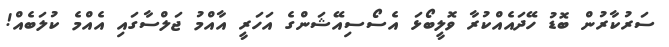
ސަރުކާރުން ބޮޑު ހޭދައެއްކުރާ ވޮލީބޯޅަ އެސޯސިއޭޝަންގެ އަހަރީ އާއްމު ޖަލްސާގައި އެއްމެ ކުލަބެއް!